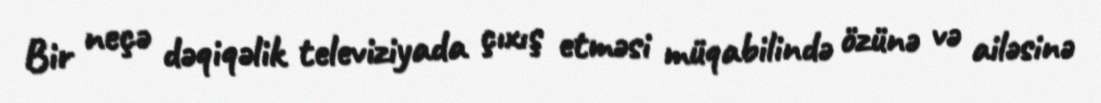
Bir neçə dəqiqəlik televiziyada çıxış etməsi müqabilində özünə və ailəsinə